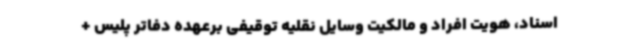
اسناد، هویت افراد و مالکیت وسایل نقلیه توقیفی برعهده دفاتر پلیس +